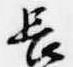
長